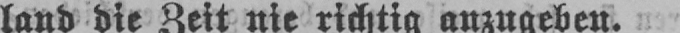
land die Zeit nie richtig anzugeben.